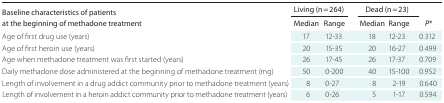
<table><thead><tr><td rowspan="2"><b>Baseline characteristics of patients at the beginning of methadone treatment</b></td><td colspan="2"><b>Living (n = 264)</b></td><td colspan="2"><b>Dead (n = 23)</b></td><td rowspan="2"><b><i>P*</i></b></td></tr><tr><td><b>Median</b></td><td><b>Range</b></td><td><b>Median</b></td><td><b>Range</b></td></tr></thead><tbody><tr><td>Age of first drug use (years)</td><td>17</td><td>12-33</td><td>18</td><td>12-23</td><td>0.312</td></tr><tr><td>Age of first heroin use (years)</td><td>20</td><td>15-35</td><td>20</td><td>16-27</td><td>0.499</td></tr><tr><td>Age when methadone treatment was first started (years)</td><td>26</td><td>17-45</td><td>26</td><td>17-37</td><td>0.709</td></tr><tr><td>Daily methadone dose administered at the beginning of methadone treatment (mg)</td><td>50</td><td>0-200</td><td>40</td><td>15-100</td><td>0.952</td></tr><tr><td>Length of involvement in a drug addict community prior to methadone treatment (years)</td><td>8</td><td>0-27</td><td>8</td><td>2-19</td><td>0.640</td></tr><tr><td>Length of involvement in a heroin addict community prior to methadone treatment (years)</td><td>6</td><td>0-26</td><td>5</td><td>1-17</td><td>0.594</td></tr></tbody></table>